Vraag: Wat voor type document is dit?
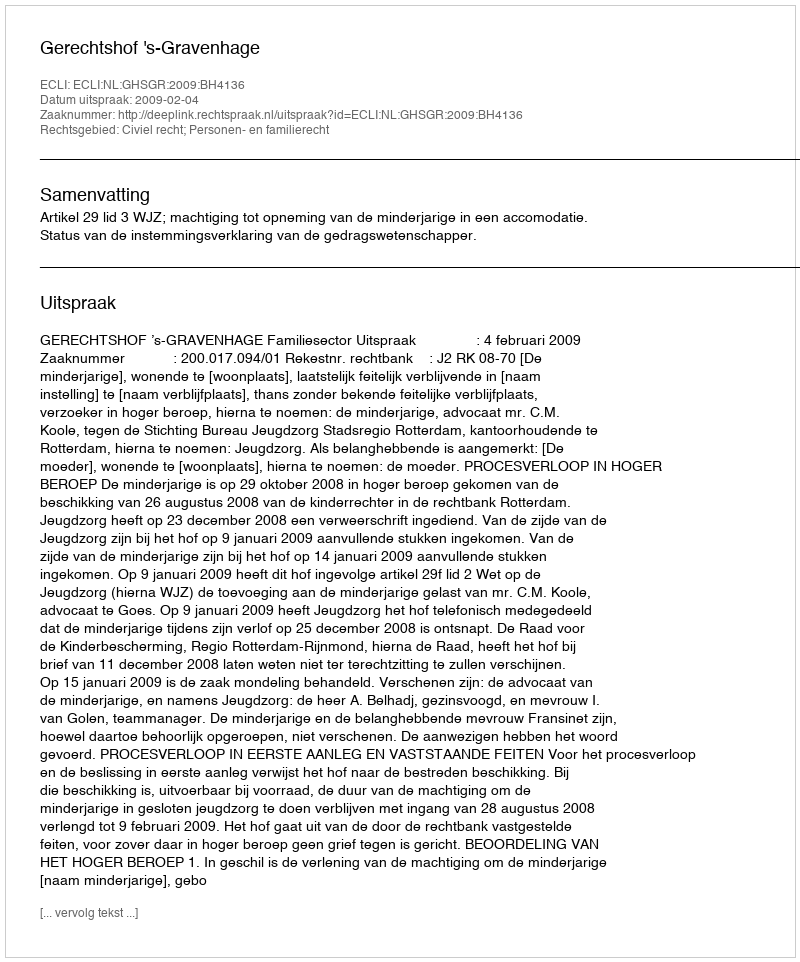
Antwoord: Uitspraak